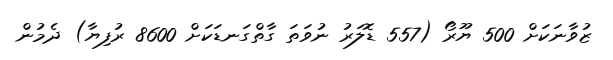
ޒުވާނަކަށް 500 ޔޫރޯ (557 ޑޮލަރު ނުވަތަ ގާތްގަނޑަކަށް 8600 ރުފިޔާ) ދެމުން